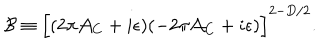
LaTeX: { \cal B } \equiv \Bigl [ ( 2 \pi { \cal A } _ { C } + i \epsilon ) ( - 2 \pi { \cal A } _ { C } + i \epsilon ) \Bigr ] ^ { 2 - D / 2 } .